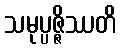
သမုပ္ပဇ္ဇိဿတိ